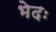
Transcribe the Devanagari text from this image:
भेदः